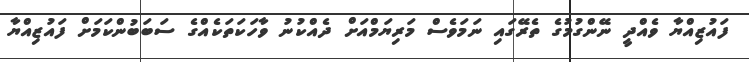
ފައުޒިއްޔާ ވެއްދީ ނޭންގުމުގެ ތެރޭގައި ނަމަވެސް މަރިޔަމްއަށް ދެއްކުނު ވާހަކަތަކެއްގެ ސަބަބުންކަމަށް ފައުޒިއްޔާ